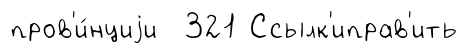
пров'и́нциjи 321 Ссылк'иправ'ить